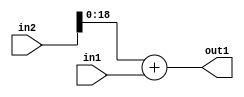
`timescale 1ps / 1ps
/*****************************************************************************
    Verilog RTL Description
    
    
    Created by: Stratus DpOpt 2019.1.01 
*******************************************************************************/

module SobelFilter_Add_20Sx17U_19U_4 (
	in2,
	in1,
	out1
	); /* architecture "behavioural" */ 
input [19:0] in2;
input [16:0] in1;
output [18:0] out1;
wire [18:0] asc001;

assign asc001 = 
	+(in2[18:0])
	+(in1);

assign out1 = asc001;
endmodule

/* CADENCE  ubH5TA0= : u9/ySgnWtBlWxVPRXgAZ4Og= ** DO NOT EDIT THIS LINE ******/